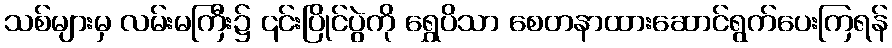
သစ်များမှ လမ်းမကြီး၌ ၎င်းပြိုင်ပွဲကို ရွှေပိသာ စေတနာထားဆောင်ရွက်ပေးကြရန်